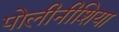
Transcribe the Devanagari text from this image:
पोलीनीशिया